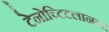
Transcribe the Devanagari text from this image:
टेनोच्टिटलानला